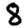
Digit: 8